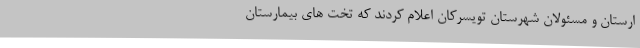
ارستان و مسئولان شهرستان تویسرکان اعلام کردند که تخت های بیمارستان